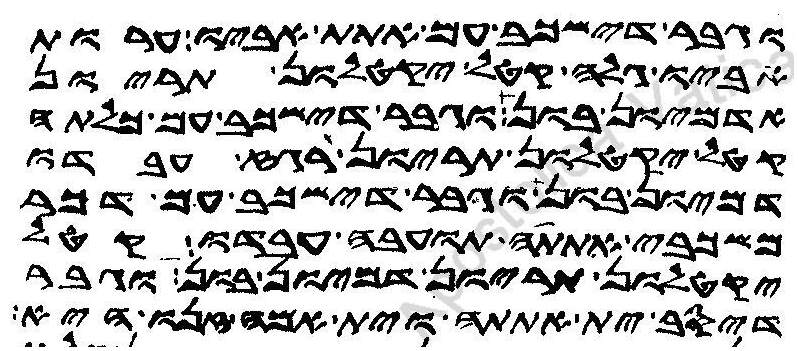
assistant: וגבר דישכב עם אתת אביו ערות
אביו גלה קטל יקטלון תריון
אדמיון בון וגבר דישכב עם כלתה
קטל יקטלון תריון רגז עבדו
דמיון בון וגבר דישכב עם דכר
משכבי אתתה תועבה עבדו קטל
יקטלון תריון דמיון בון וגבר
דיסב ית אתתה וית אמה זנו היא